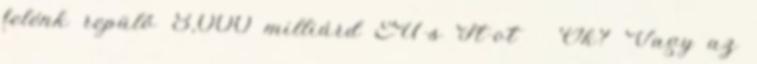
felénk repülő 8,000 milliárd EU-s Ft-ot Ők? Vagy az